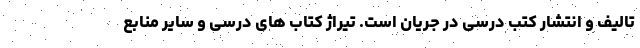
تالیف و انتشار کتب درسی در جریان است. تیراژ کتاب های درسی و سایر منابع